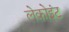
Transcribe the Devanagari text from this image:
लेकोइंट